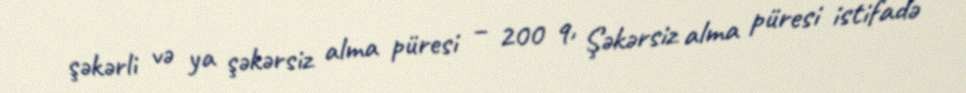
şəkərli və ya şəkərsiz alma püresi – 200 q, Şəkərsiz alma püresi istifadə